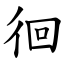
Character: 徊